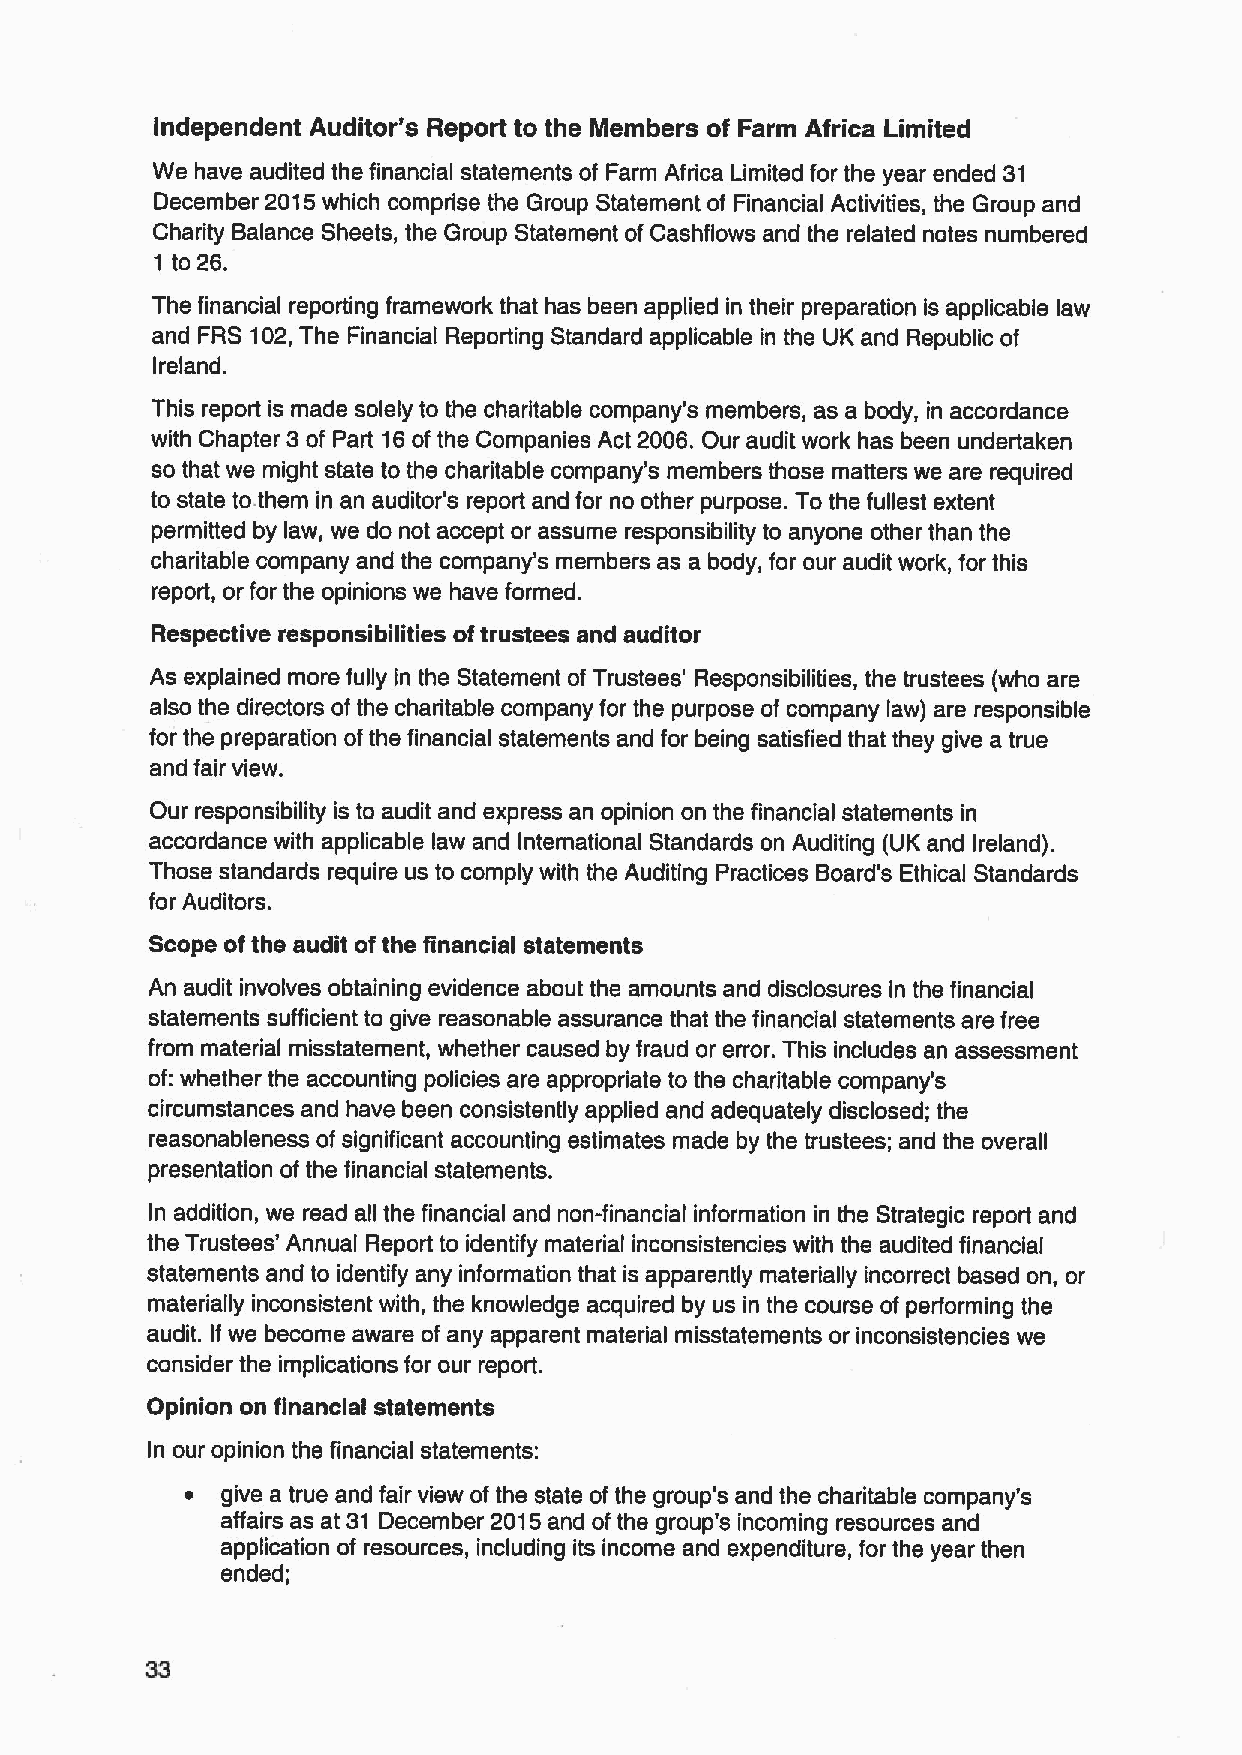
independent Auditor's Report to the Members of Farm Africa Limited
 We have audited the financial statements of Farm Africa Limited for the year ended 31
 December 2015which comprise the Group Statement of Financial Activities, the Group and
 Charity Balance Sheets, the Group Statement of Cashflows and the related notes numbered
 1 to 26.
 The financial reporting framework that has been applied in their preparation is applicable law
 and FRS 102,The Financial Reporting Standard applicable in the UK and Republic of
 Ireland.
 This report is made solely to the charitable company's members, as a body, in accordance
 with Chapter 3of Part 16of the Companies Act 2006. Our audit work has been undertaken
 so that we might state to the charitable company's members those matters we are required
 to state to.them in an auditor's report and for no other purpose. To the fullest extent
 permitted by law, we do not accept or assume responsibility to anyone other than the
 charitable company and the company's members as a body, for our audit work, for this
 report, or for the opinions we have formed.
 Respective responsibilities oftrustees and auditor
 As explained more fully in the Statement of Trustees' Responsibilities, the trustees (who are
 also the directors of the charitable company for the purpose of company law) are responsible
 for the preparation ofthe financial statements and for being satisfied that they give a true
 and fair view.
 Our responsibility is to audit and express an opinion on the financial statements in
 accordance with applicable law and International Standards on Auditing (UK and Ireland).
 Those standards require us to comply with the Auditing Practices Board's Ethical Standards
 for Auditors.
 Scope ofthe audit ofthe financial statements
 An audit involves obtaining evidence about the amounts and disclosures in the financial
 statements sufficient to give reasonable assurance that the financial statements are free
 from material misstatement, whether caused by fraud or error. This includes an assessment
 of:whether the accounting policies are appropriate to the charitable company's
 circumstances and have been consistently applied and adequately disclosed; the
 reasonableness of significant accounting estimates made by the trustees; and the overall
 presentation of the financial statements.
 In addition, we read all the financial and non-financial information in the Strategic report and
 the Trustees' Annual Report to identify material inconsistencies with the audited financial
 statements and to identify any information that is apparently materially incorrect based on, or
 materially inconsistent with, the knowledge acquired by us in the course of performing the
 audit. If we become aware of any apparent material misstatements or inconsistencies we
 consider the implications for our report.
 Opinion on financial statements
 In our opinion the financial statements:
 ~  give a true and fair view of the state of the group's and the charitable company's
 affairs as at 31 December 2015and of the group's incoming resources and
 application of resources, including its income and expenditure, for the year then
 ended;